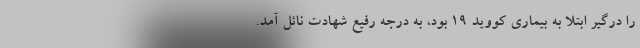
را درگیر ابتلا به بیماری کووید ۱۹ بود، به درجه رفیع شهادت نائل آمد.